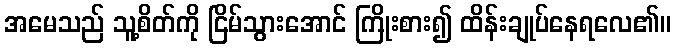
အမေသည် သူ့စိတ်ကို ငြိမ်သွားအောင် ကြိုးစား၍ ထိန်းချုပ်နေရလေ၏။